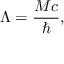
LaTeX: \Lambda = \frac { M c } { \hbar } ,